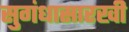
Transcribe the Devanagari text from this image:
सुगंधासारखी